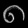
Digit: ၈